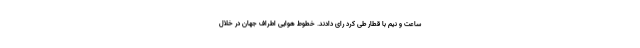
ساعت و نیم با قطار طی کرد رای دادند. خطوط هوایی اطراف جهان در خلال